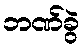
ဘဏ်ခွဲ